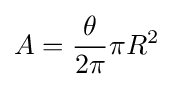
A={\frac {\theta }{2\pi }}\pi R^{2}\